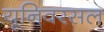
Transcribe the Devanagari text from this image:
यूनिवरसल